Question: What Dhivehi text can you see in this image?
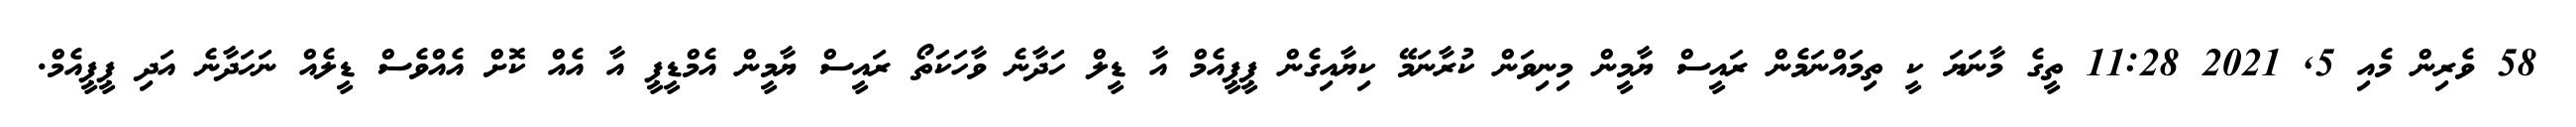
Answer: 58 ވެރިން މެއި 5, 2021 11:28 ތީގެ މާނަޔަ ކީ ތިމައްނަމެން ރައީސް ޔާމީން މިނިވަން ކުރާނަމޭ ކިޔާއިގެން ޕީޕީއެމް އާ ޑީލް ހަދާނެ ވާހަކަތޯ ރައީސް ޔާމީން އެމްޑީޕީ އާ އެއް ކޮށް އެއްވެސް ޑީލެއް ނަހަދާނެ އަދި ޕީޕީއެމް.